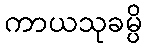
ကာယသုခမ္ပိ